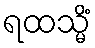
ရထသ္မိံ